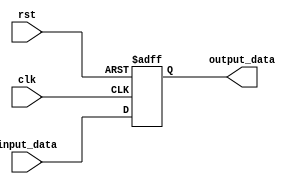
module behavioral_block (
  input wire clk,
  input wire rst,
  input wire [7:0] input_data,
  output reg [7:0] output_data
);

always @(posedge clk or negedge rst) begin
  if (rst == 0)
    output_data <= 8'b0;
  else
    output_data <= input_data;
end

endmodule